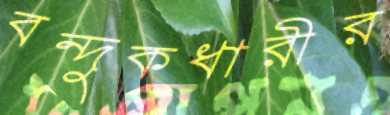
বন্দুকধারীর